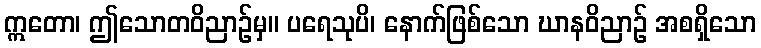
ဣတော၊ ဤသောတဝိညာဉ်မှ။ ပရေသုပိ၊ နောက်ဖြစ်သော ဃာနဝိညာဉ် အစရှိသော